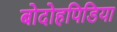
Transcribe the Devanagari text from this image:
बोदोहपिडिया